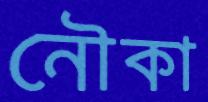
নৌকা